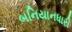
બનિયાનધારી